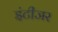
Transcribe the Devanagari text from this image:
इंटीजर